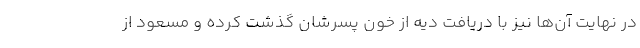
در نهایت آن‌ها نیز با دریافت دیه از خون پسرشان گذشت کرده و مسعود از